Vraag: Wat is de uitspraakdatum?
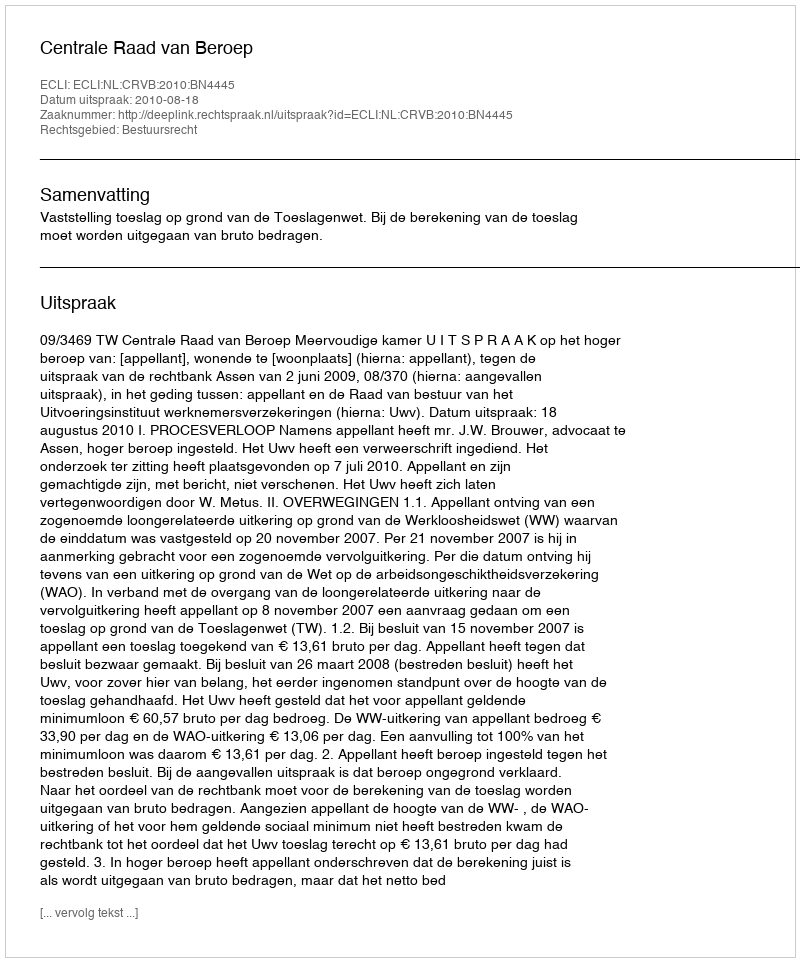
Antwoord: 2010-08-18